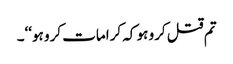
تم قتل کرو ہو کہ کرامات کرو ہو‘‘۔